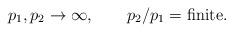
LaTeX: \begin{align*}p_1,p_2\to \infty,\qquad p_2/p_1={\rm finite}.\end{align*}